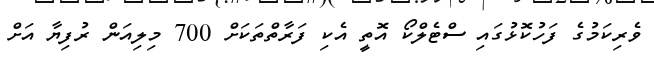
ވެރިކަމުގެ ފަހުކޮޅުގައި ސްޓެލްކޯ އޮތީ އެކި ފަރާތްތަކަށް 700 މިލިއަން ރުފިޔާ އަށް